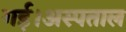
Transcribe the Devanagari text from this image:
गई।अस्पताल